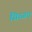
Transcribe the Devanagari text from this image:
सिब्जयं